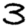
Digit: 3